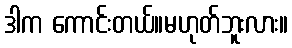
ဒါက ကောင်းတယ်။မဟုတ်ဘူးလား။